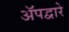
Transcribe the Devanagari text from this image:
ॲपद्वारे